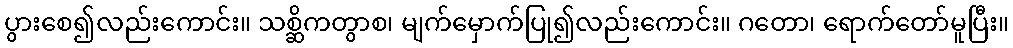
ပွားစေ၍လည်းကောင်း။ သစ္ဆိကတွာစ၊ မျက်မှောက်ပြု၍လည်းကောင်း။ ဂတော၊ ရောက်တော်မူပြီး။